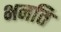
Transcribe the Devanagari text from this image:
भनति